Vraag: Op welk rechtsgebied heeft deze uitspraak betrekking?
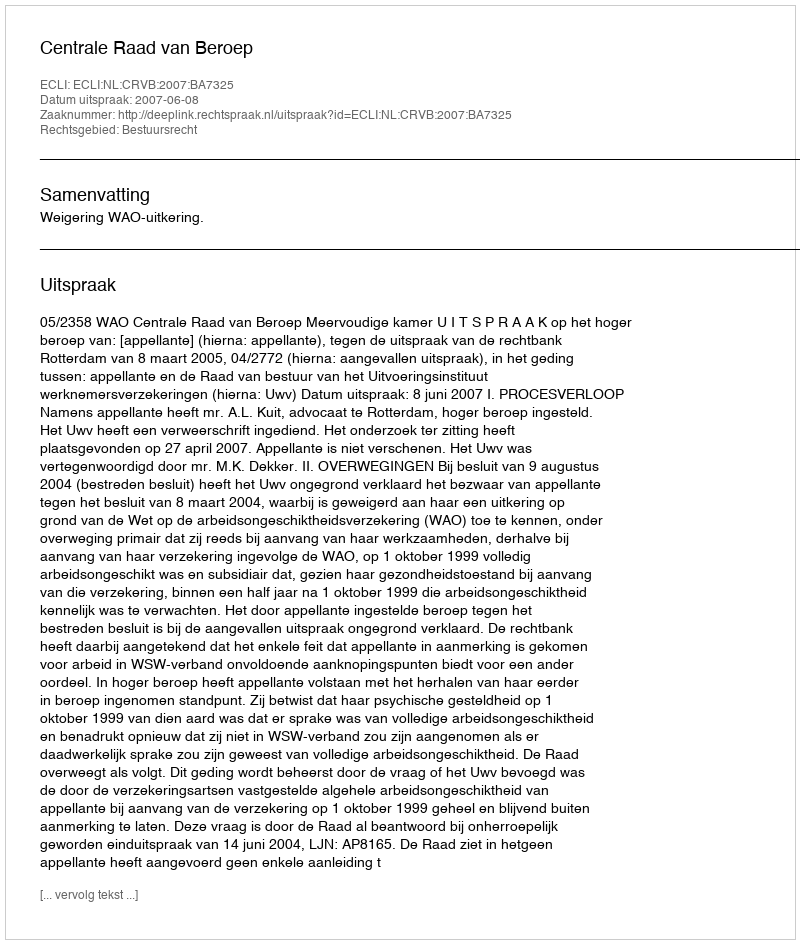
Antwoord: Bestuursrecht